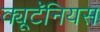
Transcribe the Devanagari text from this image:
क्यूटॅनियस